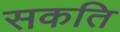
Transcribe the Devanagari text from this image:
सकति